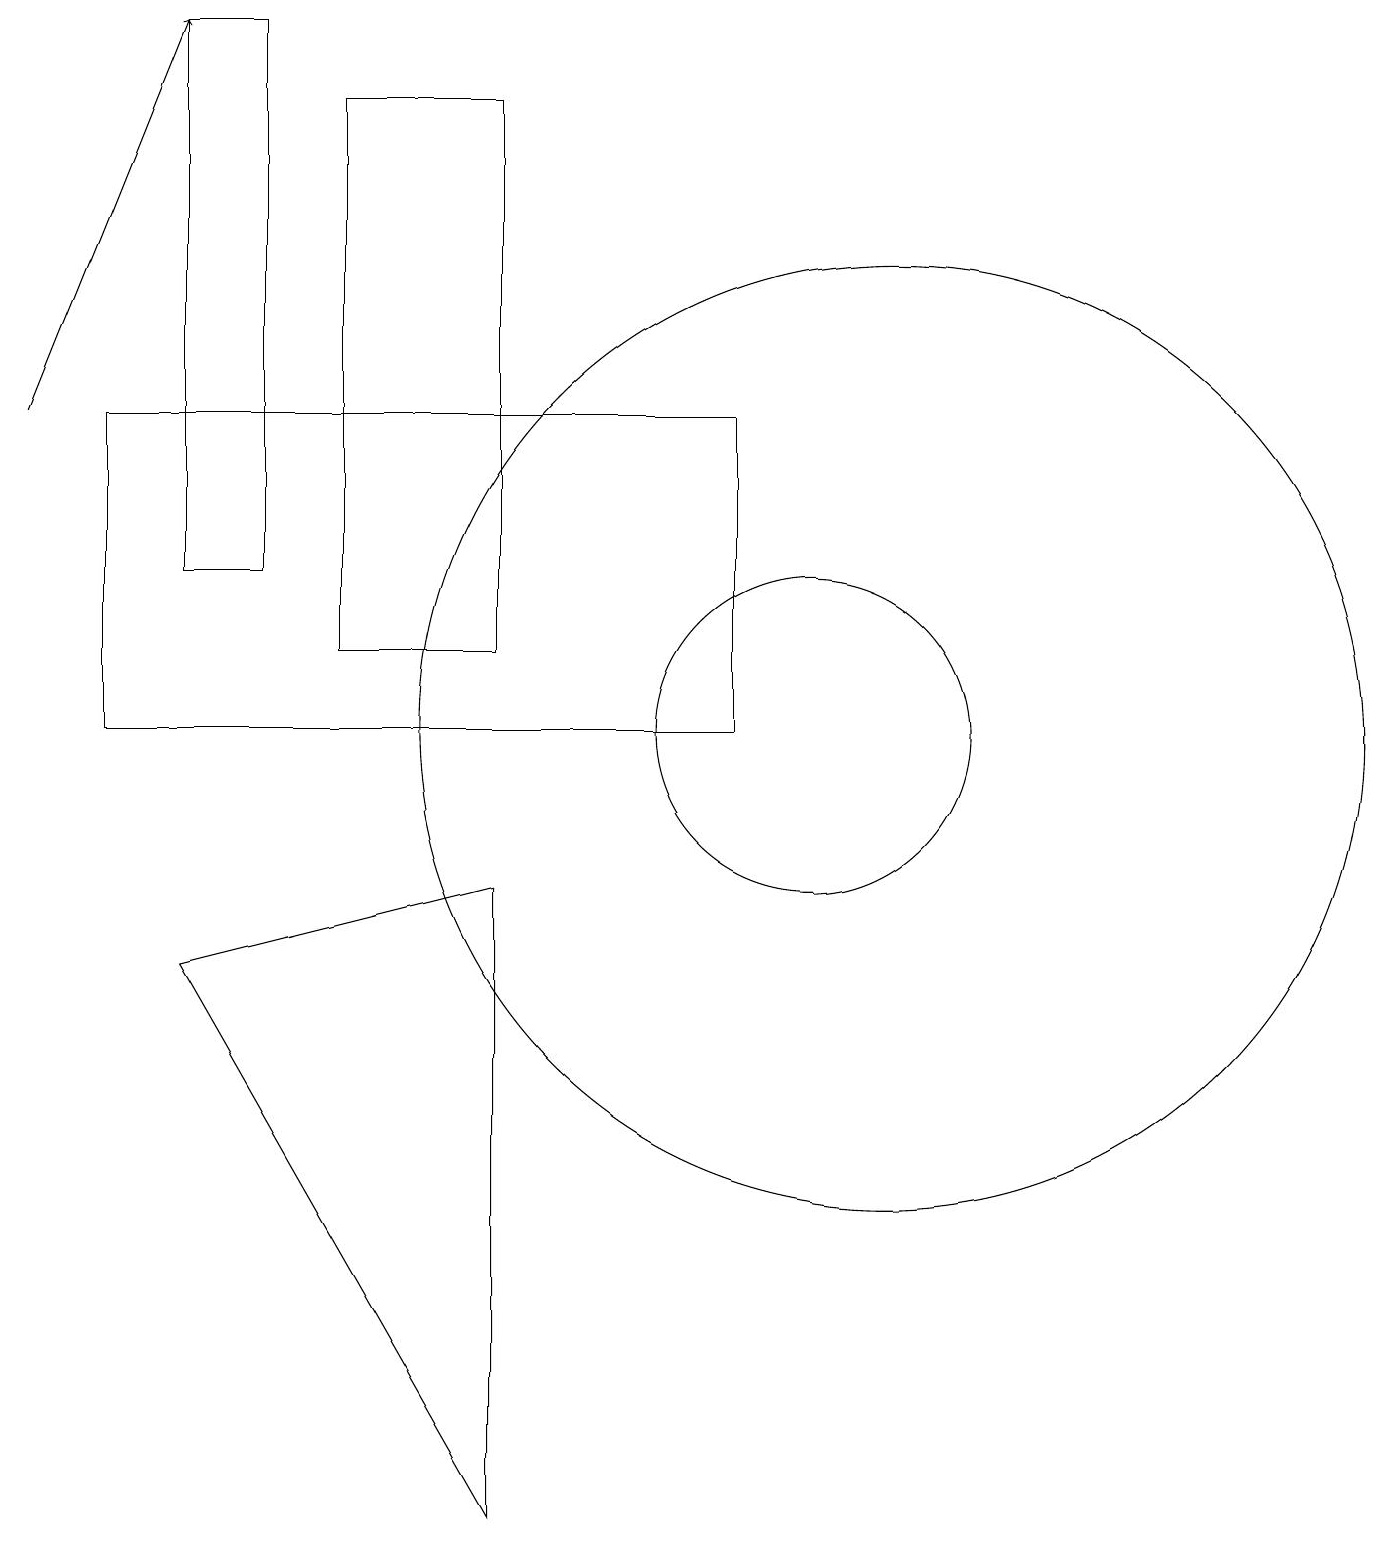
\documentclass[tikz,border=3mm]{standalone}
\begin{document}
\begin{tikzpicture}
\draw (6,0) -- (2,7) -- (6,8) -- cycle;
\draw (6,18) rectangle (4,11);
\draw (11,10) circle (6);
\draw (9,10) rectangle (1,14);
\draw (10,10) circle (2);
\draw[->] (0,14) -- (2,19);
\draw (3,12) rectangle (2,19);
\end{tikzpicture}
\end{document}